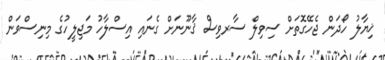
ޚިޔާލު ހޯދަން ޖެހޭގޮތަށް ސިވިލް ސާރވިސް ޤާނޫނަށް ގެނައި އިސްލާހު މަޖިލީހުގެ މިނިސްވަން